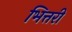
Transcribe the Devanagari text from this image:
भित्तरी